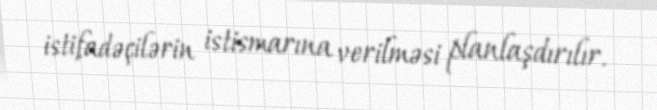
istifadəçilərin istismarına verilməsi planlaşdırılır.